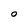
Character: O